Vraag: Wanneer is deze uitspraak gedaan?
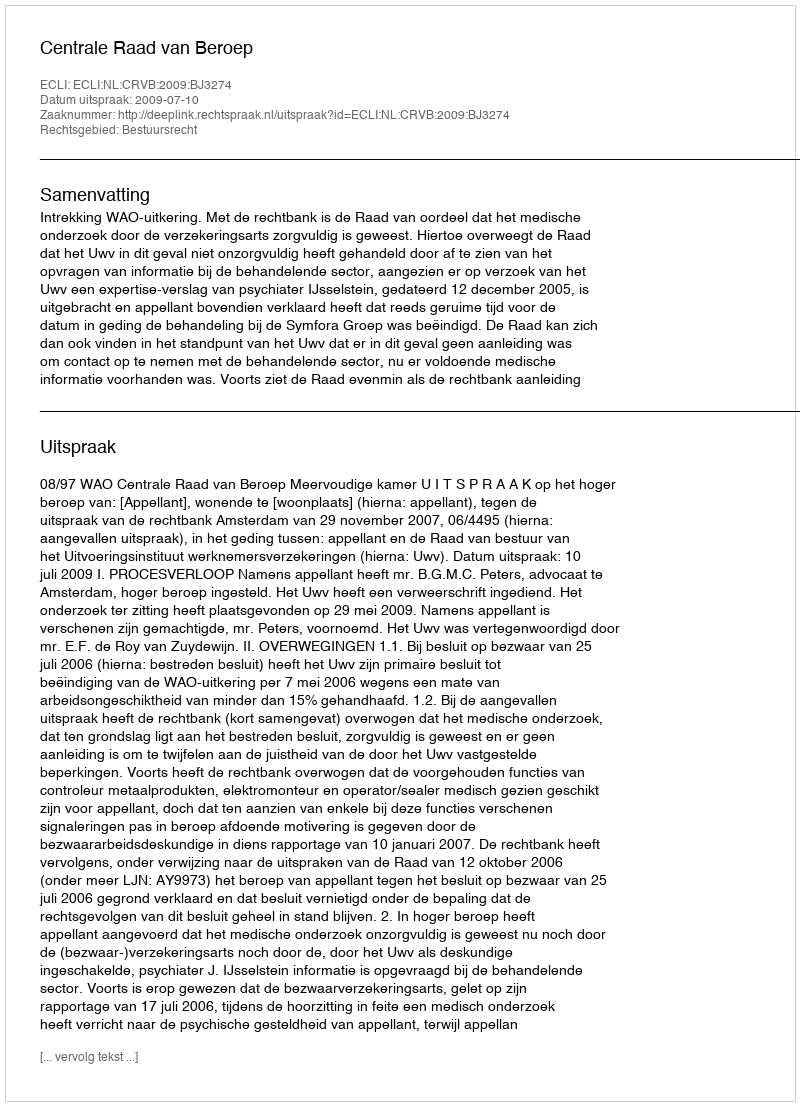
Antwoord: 2009-07-10